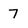
Character: 7